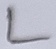
Text: L